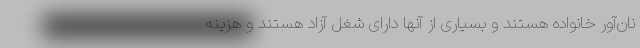
نان‌آور خانواده هستند و بسیاری از آنها دارای شغل آزاد هستند و هزینه